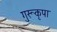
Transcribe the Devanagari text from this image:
गुरूकृपा